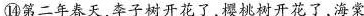
⑭第二年春天，李子树开花了，樱桃树开花了，海棠